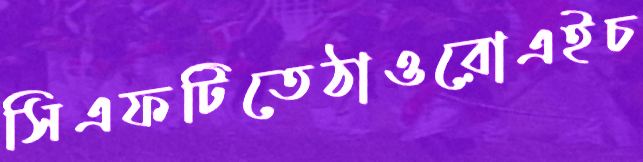
সিএফটিতেঠাওরোএইচ